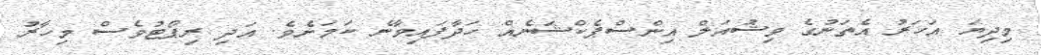
މިދިޔަ އަހަރު އެތަނުގެ ވިޝުއަލް އިންސްޕެކްޝަނެއް ހަދާފައިވާނެ ކަމަށެވެ. އަދި ރިޕޯޓުވެސް މިހާރު